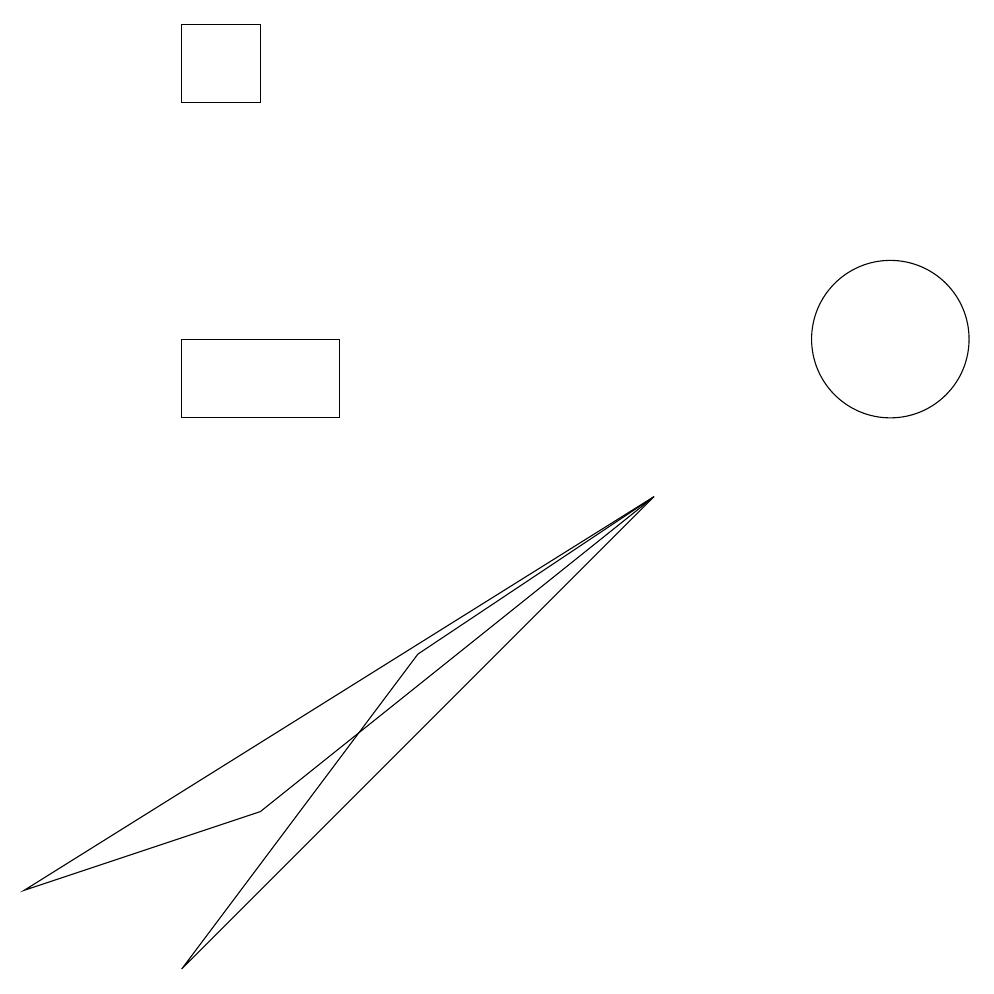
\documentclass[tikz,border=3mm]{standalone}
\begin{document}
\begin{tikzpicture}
\draw (11,11) circle (1);
\draw (3,5) -- (8,9) -- (0,4) -- cycle;
\draw (8,9) -- (2,3) -- (5,7) -- cycle;
\draw (2,15) rectangle (3,14);
\draw (4,11) rectangle (2,10);
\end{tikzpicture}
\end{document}